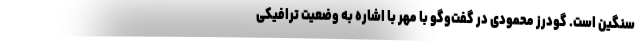
سنگین است. گودرز محمودی در گفت‌وگو با مهر با اشاره به وضعیت ترافیکی